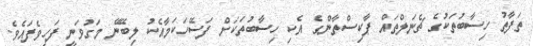
ތަފާތު ހިސާބުތަކުގެ ޗެނަލްތައް ޕާކިސްތާންގެ އެކި ހިސާބުތަކަށް ފަސޭހަކަމާއެކު ލިބޭނޭ މަގުވަނީ ފަހިވެފައެވެ.